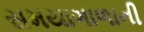
સમયાગાળાની